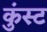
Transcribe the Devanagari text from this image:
कुंस्ट